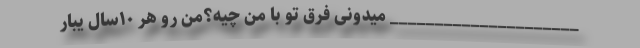
_____________________ میدونی فرق تو با من چیه؟من رو هر ۱۰سال یبار